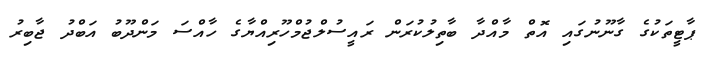
ޕާޓީތަކުގެ ގާނޫނުގައި އޮތް މާއްދާ ބާތިލުކުރަން ރައީސުލްޖުމްހޫރިއްޔާގެ ހާއްސަ މަންދޫބު އަބްދު ޖާބިރު